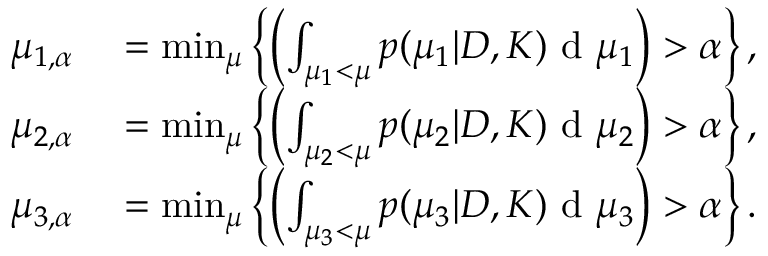
\begin{array} { r l } { \mu _ { 1 , \alpha } } & { { } = \operatorname* { m i n } _ { \mu } \left\{ \left( \int _ { \mu _ { 1 } < \mu } p ( \mu _ { 1 } | D , K ) \textup { d } \mu _ { 1 } \right) > \alpha \right\} , } \\ { \mu _ { 2 , \alpha } } & { { } = \operatorname* { m i n } _ { \mu } \left\{ \left( \int _ { \mu _ { 2 } < \mu } p ( \mu _ { 2 } | D , K ) \textup { d } \mu _ { 2 } \right) > \alpha \right\} , } \\ { \mu _ { 3 , \alpha } } & { { } = \operatorname* { m i n } _ { \mu } \left\{ \left( \int _ { \mu _ { 3 } < \mu } p ( \mu _ { 3 } | D , K ) \textup { d } \mu _ { 3 } \right) > \alpha \right\} . } \end{array}